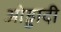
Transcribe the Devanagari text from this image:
ओड्डादी